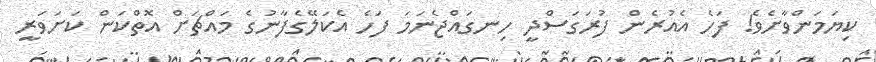
ކިޔަމަންވާށެވެ! ފަހެ އެއުރެން ފުރަގަސްދީ ހިނގައްޖެނަމަ ފަހެ އެކަލޭގެފާނުގެ މައްޗަށް އޮތްކަން ކަށަވަރީ